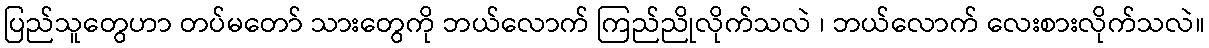
ပြည်သူတွေဟာ တပ်မတော် သားတွေကို ဘယ်လောက် ကြည်ညိုလိုက်သလဲ ၊ ဘယ်လောက် လေးစားလိုက်သလဲ။